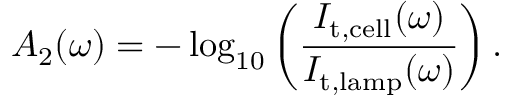
A _ { 2 } ( \omega ) = - \log _ { 1 0 } \left( \frac { I _ { \mathrm { t , c e l l } } ( \omega ) } { I _ { \mathrm { t , l a m p } } ( \omega ) } \right) .